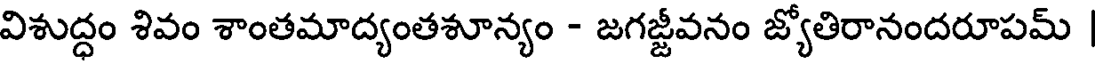
విశుద్ధం శివం శాంతమాద్యంతశూన్యం - జగజ్జీవనం జ్యోతిరానందరూపమ్